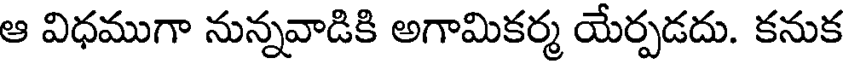
ఆ విధముగా నున్నవాడికి అగామికర్మ యేర్పడదు. కనుక